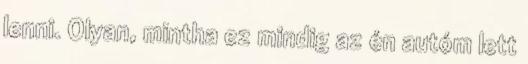
lenni. Olyan, mintha ez mindig az én autóm lett